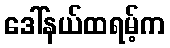
ဒေါ်နယ်ထရမ့်က